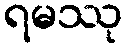
ရမဿု